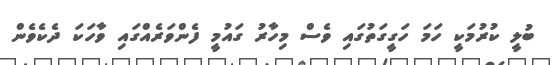
ބުލީ ކުރުމަކީ ހަމަ ހަގީގަތުގައި ވެސް މިހާރު ގައުމީ ފެންވަރެއްގައި ވާހަކަ ދެކެވެން